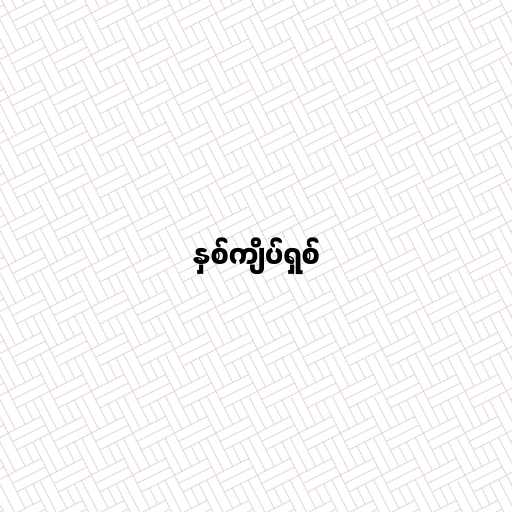
နှစ်ကျိပ်ရှစ်